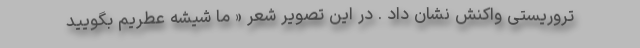
تروریستی واکنش نشان داد . در این تصویر شعر « ما شیشه عطریم بگویید